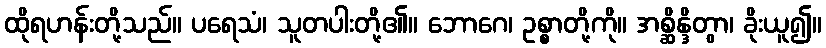
ထိုရဟန်းတို့သည်။ ပရေသံ၊ သူတပါးတို့၏။ ဘောဂေ၊ ဥစ္စာတို့ကို။ အစ္ဆိန္ဒိတွာ၊ ခိုးယူ၍။